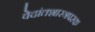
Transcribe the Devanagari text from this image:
वेदांतशास्त्रपरक